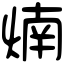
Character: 煵